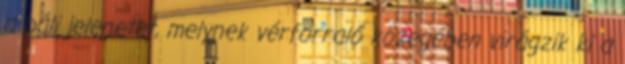
a báli jelenetet, melynek vérforraló közegében virágzik ki a